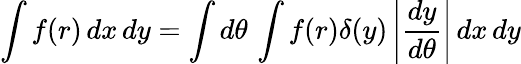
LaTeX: \int f(r)\, dx\, dy=\int d\theta\, \int f(r)\delta(y)\left|{\frac{dy}{d\theta}}\right|\, dx\, dy